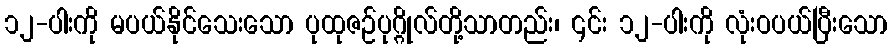
၁၂-ပါးကို မပယ်နိုင်သေးသော ပုထုဇဉ်ပုဂ္ဂိုလ်တို့သာတည်း၊ ၎င်း ၁၂-ပါးကို လုံးဝပယ်ပြီးသော